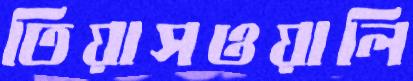
তিয়াসওয়ালি